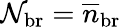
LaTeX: \mathcal{N}_{\mathrm{{br}}}=\overline{{{n}}}_{\mathrm{{br}}}